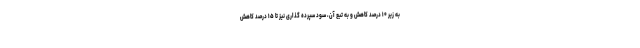
به زیر ۱۰ درصد کاهش و به تبع آن، سود سپرده گذاری نیز تا ۱۵ درصد کاهش